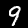
Label: 9